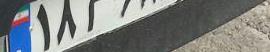
۱۸م۶۸۸۹۸